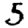
Digit: 5